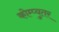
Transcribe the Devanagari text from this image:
कोम्प्युतर